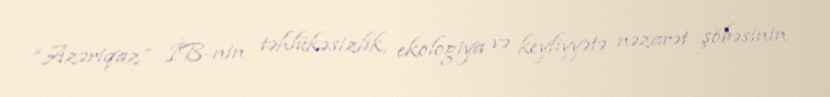
“Azəriqaz” İB-nin təhlükəsizlik, ekologiya və keyfiyyətə nəzarət şöbəsinin